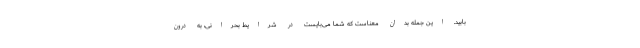
بابید. این جمله بدان معناست که شما می‌بایست در شرایط بحرانی، به درون